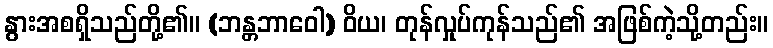
နွားအစရှိသည်တို့၏။ (ဘန္တဘာဝေါ) ဝိယ၊ တုန်လှုပ်ကုန်သည်၏ အဖြစ်ကဲ့သို့တည်း။